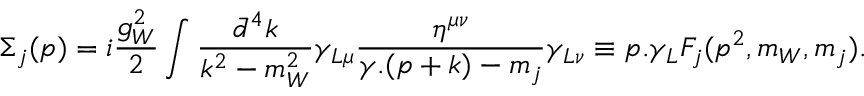
\Sigma _ { j } ( p ) = i \frac { g _ { W } ^ { 2 } } { 2 } \int \frac { \bar { d } ^ { 4 } k } { k ^ { 2 } - m _ { W } ^ { 2 } } \gamma _ { L \mu } \frac { \eta ^ { \mu \nu } } { \gamma . ( p + k ) - m _ { j } } \gamma _ { L \nu } \equiv p . \gamma _ { L } { \cal F } _ { j } ( p ^ { 2 } , m _ { W } , m _ { j } ) .